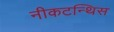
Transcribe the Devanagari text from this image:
नीकटन्थिस